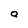
Character: a